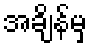
အချိန်မှ